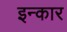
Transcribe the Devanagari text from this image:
इन्‍कार